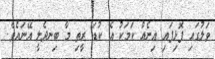
ވަލުގައި ފޮޅިފައި އިނެއް ކަމަކު އެ ކުޑަ ރީތި މާ ބިނދެލީ އޭނައެވެ.